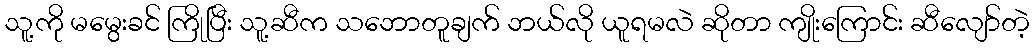
သူ့ကို မမွေးခင် ကြိုပြီး သူ့ဆီက သဘောတူချက် ဘယ်လို ယူရမလဲ ဆိုတာ ကျိုးကြောင်း ဆီလျော်တဲ့